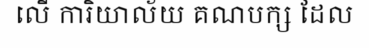
លើ ការិយាល័យ គណបក្ស ដែល